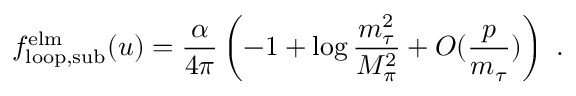
f _ { \mathrm { l o o p , s u b } } ^ { \mathrm { e l m } } ( u ) = \frac { \alpha } { 4 \pi } \left( - 1 + \log \frac { m _ { \tau } ^ { 2 } } { M _ { \pi } ^ { 2 } } + O ( \frac { p } { m _ { \tau } } ) \right) ~ .